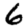
Digit: 6